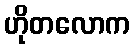
ဟိုတလောက